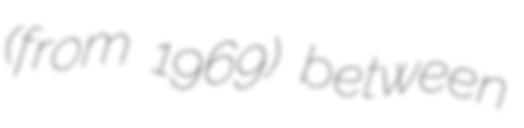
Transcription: (from 1969) between